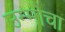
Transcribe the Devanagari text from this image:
उन्मोचा